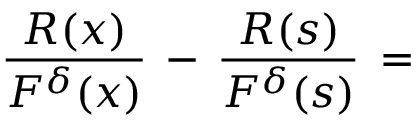
\frac { R ( x ) } { F ^ { \delta } ( x ) } \, - \, \frac { R ( s ) } { F ^ { \delta } ( s ) } \, =